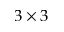
3 \times 3